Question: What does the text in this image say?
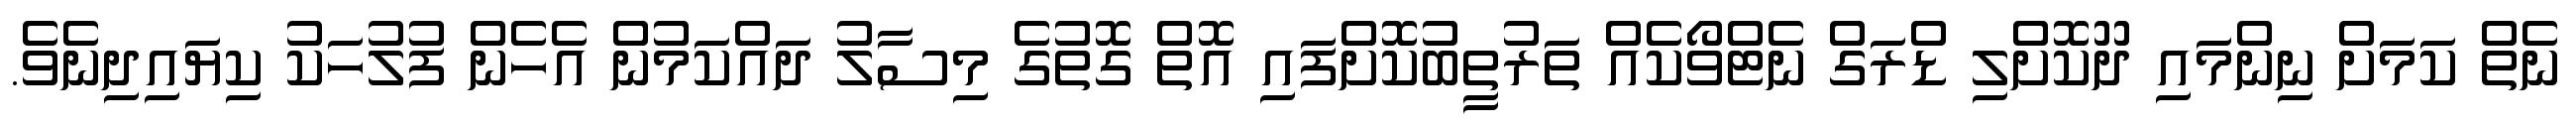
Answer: ނެތް ކަމަށް ނިންމައި ދޫކޮށްލި ޑްރަގް ނެޓްވޯކެއް ތަރުތީބުކޮށްފައި އޮތް ގޮތުގެ މިސާލު ދައްކަމުން އެހެން ފުލުހަކު ކިޔައިދިނެވެ.